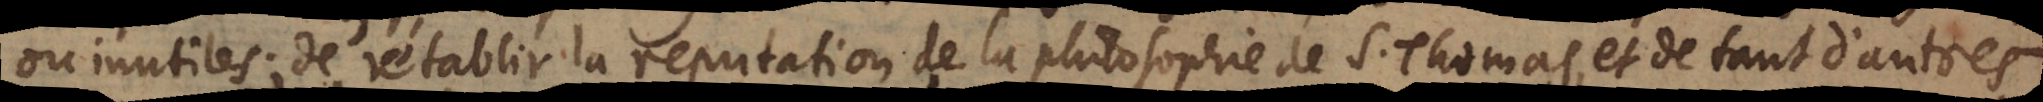
ou inutiles; de rétablir la reputation de la philosophie de S. Thomas, et de tant d’autres